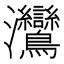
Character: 𬉳